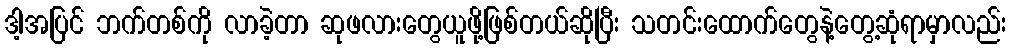
ဒါ့အပြင် ဘက်တစ်ကို လာခဲ့တာ ဆုဖလားတွေယူဖို့ဖြစ်တယ်ဆိုပြီး သတင်းထောက်တွေနဲ့တွေ့ဆုံရာမှာလည်း